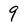
Character: 9